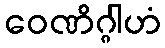
ဝေဏိဂ္ဂါဟံ